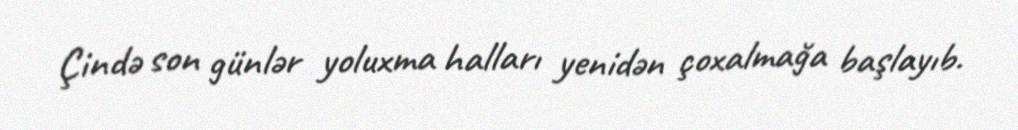
Çində son günlər yoluxma halları yenidən çoxalmağa başlayıb.